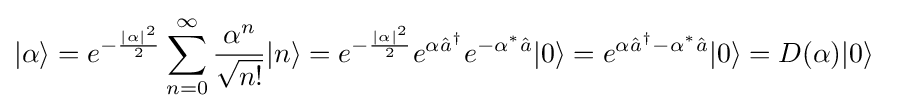
|\alpha \rangle =e^{-{|\alpha |^{2} \over 2}}\sum _{n=0}^{\infty }{\alpha ^{n} \over {\sqrt {n!}}}|n\rangle =e^{-{|\alpha |^{2} \over 2}}e^{\alpha {\hat {a}}^{\dagger }}e^{-{\alpha ^{*}{\hat {a}}}}|0\rangle =e^{\alpha {\hat {a}}^{\dagger }-\alpha ^{*}{\hat {a}}}|0\rangle =D(\alpha )|0\rangle ~